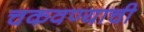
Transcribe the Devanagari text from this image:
चकवण्याची